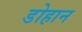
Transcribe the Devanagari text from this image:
डोहान